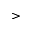
>